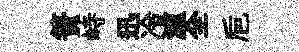
簀峙迅冷瀘全巵